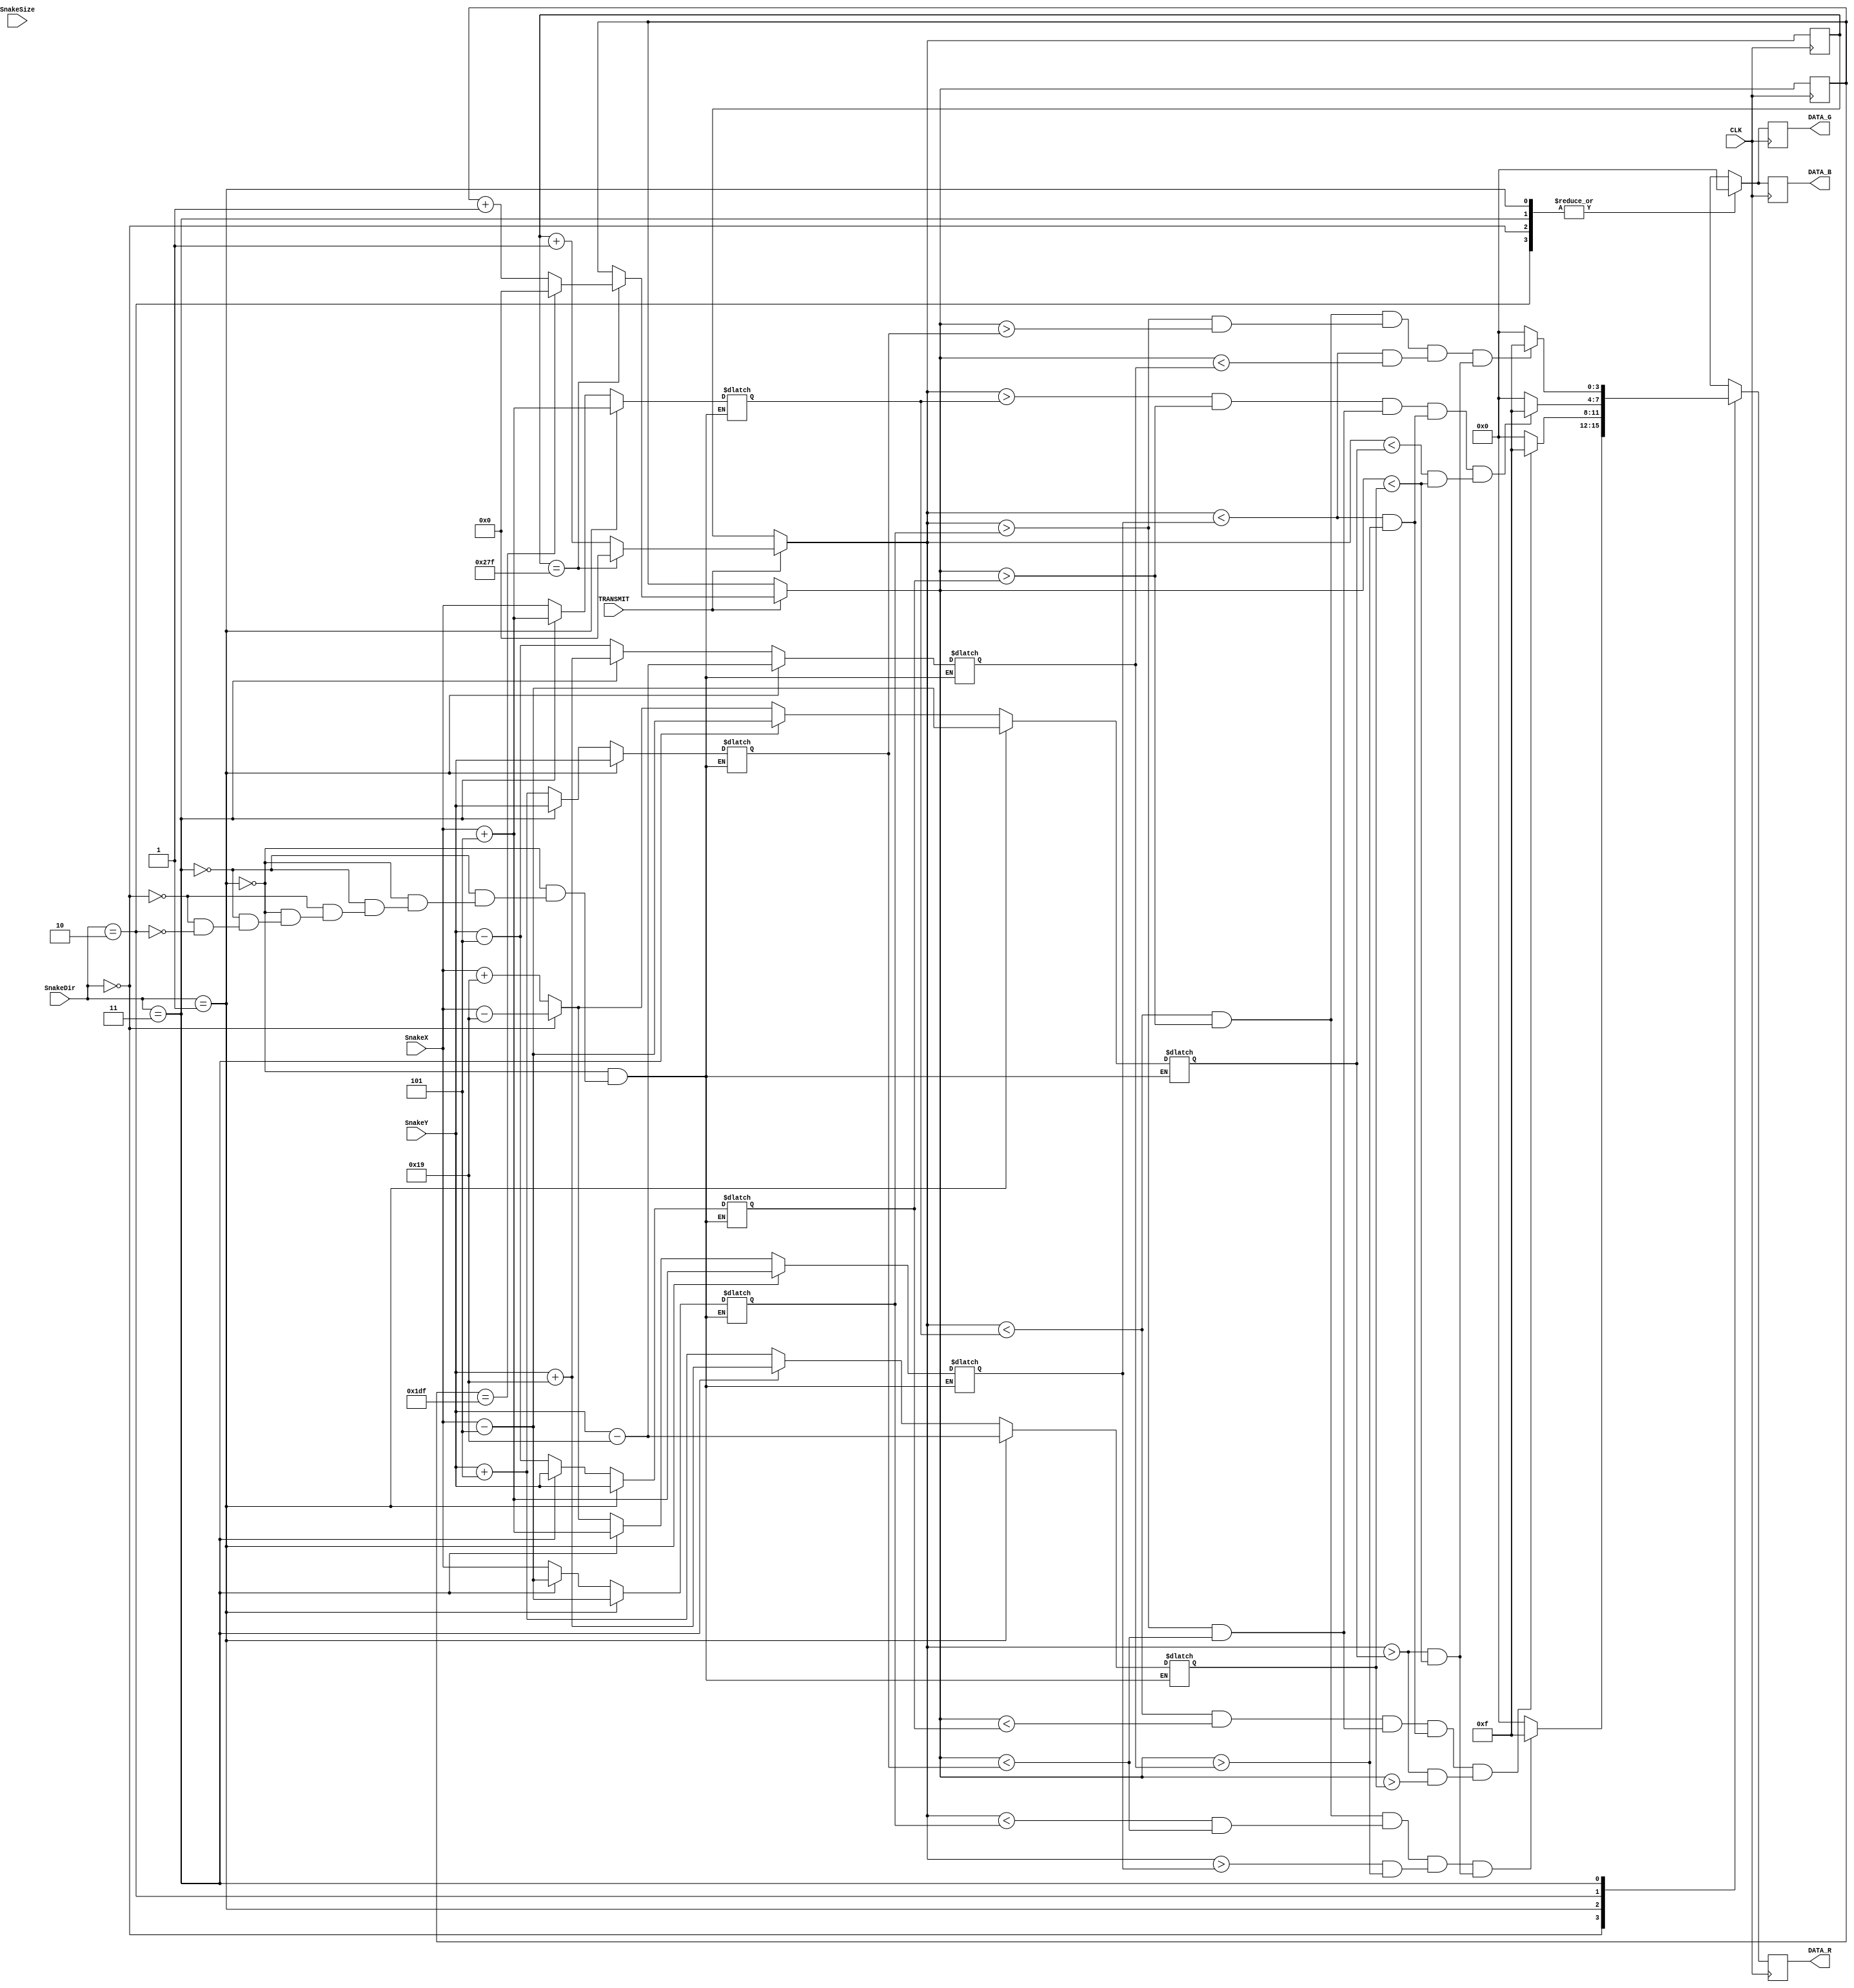

module DisplayDriver(
    input      CLK,
    input      TRANSMIT,
    input[9:0] SnakeX,
    input[9:0] SnakeY,
    input[3:0] SnakeSize,
    input[1:0] SnakeDir,
    output reg[3:0]     DATA_R,
    output reg[3:0]     DATA_B,
    output reg[3:0]     DATA_G
    );
    
    localparam  WIDTH_PIXEL_SIZE    = 10'd10,
                LENGTH_PIXEL_SIZE   = 10'd50,
                LEFT                = 2'b10,
                RIGHT               = 2'b00,
                UP                  = 2'b11,
                DOWN                = 2'b01,
                BG_RED              = 4'b0000,
                BG_BLUE             = 4'b1111,
                BG_GREEN            = 4'b0000,
                SNAKE_RED           = 4'b1111,
                SNAKE_BLUE          = 4'b0000,
                SNAKE_GREEN         = 4'b0000;
                               
    
    reg[9:0] hcount   = 10'd0;     // Horizontal Axis
    reg[9:0] vcount   = 10'd0;     // veritcal axis
            
    
    // Position updates
    reg[9:0] CORNER_1_X;
    reg[9:0] CORNER_1_Y;
    
    reg[9:0] CORNER_2_X;
    reg[9:0] CORNER_2_Y;
    
    reg[9:0] CORNER_3_X;
    reg[9:0] CORNER_3_Y;
    
    reg[9:0] CORNER_4_X;
    reg[9:0] CORNER_4_Y;

    always @ (SnakeDir or SnakeX or SnakeY)
    begin
        if (SnakeDir == DOWN) // Going right and then turning down
        begin
            CORNER_1_X = SnakeX + 10'd5;
            CORNER_1_Y = SnakeY;
            
            CORNER_2_X = SnakeX - 10'd5;
            CORNER_2_Y = SnakeY;
            
            CORNER_3_X = SnakeX + 10'd5;
            CORNER_3_Y = SnakeY - (LENGTH_PIXEL_SIZE / 10'd2);
            
            CORNER_4_X = SnakeX - 10'd5;
            CORNER_4_Y = SnakeY - (LENGTH_PIXEL_SIZE / 10'd2);
        end 
        else if (SnakeDir == UP)
        begin
            CORNER_1_X = SnakeX + 10'd5;
            CORNER_1_Y = SnakeY;
        
            CORNER_2_X = SnakeX - 10'd5;
            CORNER_2_Y = SnakeY;
        
            CORNER_3_X = SnakeX + 10'd5;
            CORNER_3_Y = SnakeY + (LENGTH_PIXEL_SIZE / 10'd2);
        
            CORNER_4_X = SnakeX - 10'd5;
            CORNER_4_Y = SnakeY + (LENGTH_PIXEL_SIZE / 10'd2);
        end
        
        else if (SnakeDir == RIGHT)
        begin
            CORNER_1_X = SnakeX;
            CORNER_1_Y = SnakeY - 10'd5;
        
            CORNER_2_X = SnakeX;
            CORNER_2_Y = SnakeY + 10'd5;
        
            CORNER_3_X = SnakeX - (LENGTH_PIXEL_SIZE/10'd2);
            CORNER_3_Y = SnakeY - 10'd5;
        
            CORNER_4_X = SnakeX - (LENGTH_PIXEL_SIZE/10'd2);
            CORNER_4_Y = SnakeY + 10'd5;
        end
        
        else if (SnakeDir == LEFT)
        begin
            CORNER_1_X = SnakeX;
            CORNER_1_Y = SnakeY - 10'd5;
    
            CORNER_2_X = SnakeX;
            CORNER_2_Y = SnakeY + 10'd5;
    
            CORNER_3_X = SnakeX + (LENGTH_PIXEL_SIZE/10'd2);
            CORNER_3_Y = SnakeY - 10'd5;
    
            CORNER_4_X = SnakeX + (LENGTH_PIXEL_SIZE/10'd2);
            CORNER_4_Y = SnakeY + 10'd5;
        end

    end

    always @ (posedge CLK)
    begin
        if (TRANSMIT == 1'b1)
        begin
            if (hcount == 10'd639)
            begin
                hcount = 10'd0;        //reached end of horizontal row
                if (vcount == 10'd479)
                begin
                    vcount = 10'd0;
                end
                else 
                begin
                    vcount = vcount + 1;
                end
            end
            else 
            begin
                hcount = hcount + 1;    
            end
        end
        
        case(SnakeDir)
            2'b00: // Right
            begin
                if ((hcount < CORNER_1_X && vcount > CORNER_1_Y) && (hcount < CORNER_2_X && vcount < CORNER_2_Y) && (hcount > CORNER_3_X && vcount > CORNER_3_Y) && (hcount > CORNER_4_X && vcount < CORNER_4_Y))
                begin
                    DATA_R <= SNAKE_RED;
                    DATA_B <= SNAKE_BLUE;
                    DATA_G <= SNAKE_GREEN;
                end 
                else
                begin
                    DATA_R <= 4'b0000;
                    DATA_B <= 4'b0000;
                    DATA_G <= 4'b0000;
                end
             end
             2'b01: // Down
             begin
                if ((hcount < CORNER_1_X && vcount < CORNER_1_Y) && (hcount > CORNER_2_X && vcount < CORNER_2_Y) && (hcount < CORNER_3_X && vcount > CORNER_3_Y) && (hcount > CORNER_4_X && vcount > CORNER_4_Y))
                begin
                    DATA_R <= SNAKE_RED;
                    DATA_B <= SNAKE_BLUE;
                    DATA_G <= SNAKE_GREEN;
                end
                else
                begin
                    DATA_R <= 4'b0000;
                    DATA_B <= 4'b0000;
                    DATA_G <= 4'b0000;
                end
             end
             2'b10: // Left
             begin
                if ((hcount > CORNER_1_X && vcount > CORNER_1_Y) && (hcount > CORNER_2_X && vcount < CORNER_2_Y) && (hcount < CORNER_3_X && vcount > CORNER_3_Y) && (hcount < CORNER_4_X && vcount < CORNER_4_Y))
                begin
                    DATA_R <= SNAKE_RED;
                    DATA_B <= SNAKE_BLUE;
                    DATA_G <= SNAKE_GREEN;
                end 
                else
                begin
                    DATA_R <= 4'b0000;
                    DATA_B <= 4'b0000;
                    DATA_G <= 4'b0000;
                end 
             end
             2'b11: //Up
             begin
                if ((hcount < CORNER_1_X && vcount > CORNER_1_Y) && (hcount > CORNER_2_X && vcount > CORNER_2_Y) && (hcount < CORNER_3_X && vcount < CORNER_3_Y) && (hcount > CORNER_4_X && vcount < CORNER_4_Y))
                begin
                    DATA_R <= SNAKE_RED;
                    DATA_B <= SNAKE_BLUE;
                    DATA_G <= SNAKE_GREEN;
                end
                else
                begin
                    DATA_R <= 4'b0000;
                    DATA_B <= 4'b0000;
                    DATA_G <= 4'b0000;
                end              
             end
             default:
             begin
                    DATA_R <= 4'b0000;
                    DATA_B <= 4'b0000;
                    DATA_G <= 4'b0000;
             end
        endcase
    end

 
 
 
 
 
 
 
 
 
 
 
 
    
    
    
        
    
    
    
    
    
endmodule